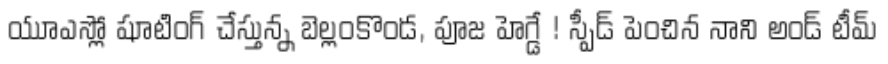
యూఎస్లో షూటింగ్ చేస్తున్న బెల్లంకొండ, పూజ హెగ్డే ! స్పీడ్ పెంచిన నాని అండ్ టీమ్